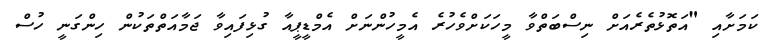
ކަމަށާއި "އަތޮޅުތެރެއަށް ނިސްބަތްވާ މީހަކަށްވެހުރެ އެމީހުންނަށް އެމްޑީޕީއާ ގުޅިފައިވާ ޖަމާއަތްތަކުން ހިންގަނީ ހުސް